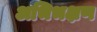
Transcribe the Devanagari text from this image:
अभिभक्षण